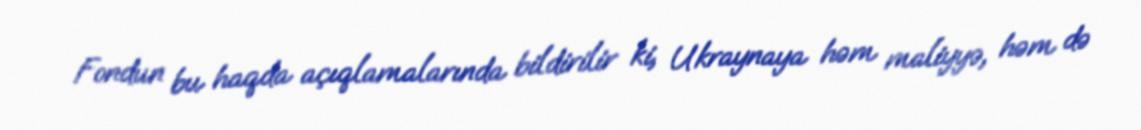
Fondun bu haqda açıqlamalarında bildirilir ki, Ukraynaya həm maliyyə, həm də